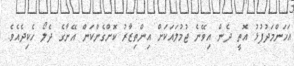
އަހަންމަދުފުޅު އޮތީ ދެން އިވޭނެ ޖުމުލައަކަށް އިންތިޒާރު ކޮށްގެންކަން އޭނާގެ ދެލޯ ހެކިދެއެވެ.